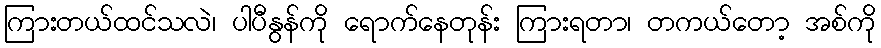
ကြားတယ်ထင်သလဲ၊ ပါပီနွန်ကို ရောက်နေတုန်း ကြားရတာ၊ တကယ်တော့ အစ်ကို